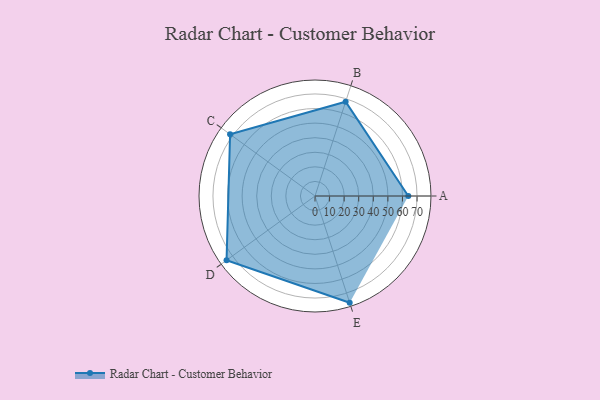
{"axis": {"x": "Skill", "y": "Score"}, "legend": ["Profile"], "data": [{"x": "A", "y": 64.0, "type": "Profile"}, {"x": "B", "y": 68.0, "type": "Profile"}, {"x": "C", "y": 72.0, "type": "Profile"}, {"x": "D", "y": 75.0, "type": "Profile"}, {"x": "E", "y": 77.0, "type": "Profile"}]}